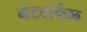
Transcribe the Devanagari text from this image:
नेटवर्किंक